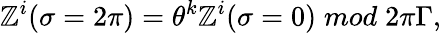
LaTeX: \mathbb{Z}^{i}(\sigma=2\pi)={{\theta}^{k}}\mathbb{Z}^{i}(\sigma=0)\; mod\; 2\pi\Gamma,